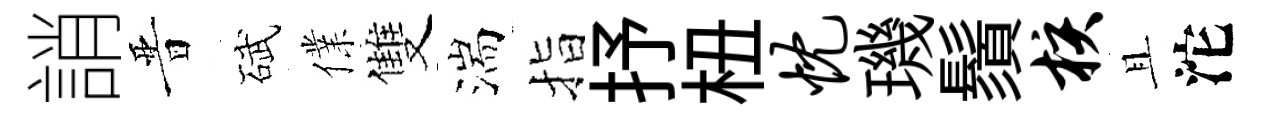
誚晋碔㒒雙湍指抒杻忱璣鬚核且沱